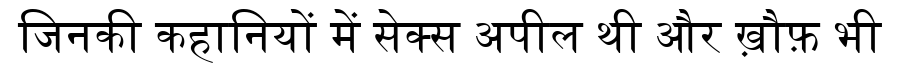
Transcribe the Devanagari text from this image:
जिनकी कहानियों में सेक्स अपील थी और ख़ौफ़ भी